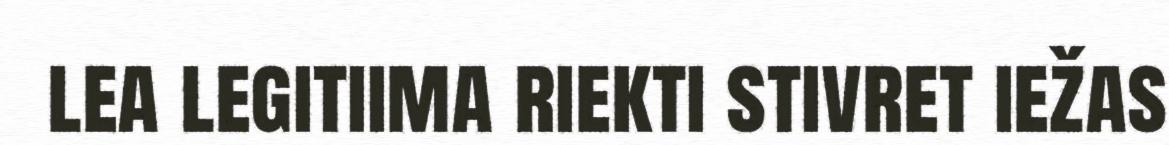
lea legitiima riekti stivret iežas